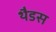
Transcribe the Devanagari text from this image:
थैडस